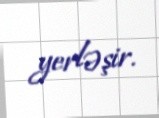
yerləşir.